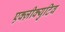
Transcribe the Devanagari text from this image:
एक्ज़ीक्युटिव